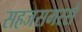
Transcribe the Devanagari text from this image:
सहजसमरसं